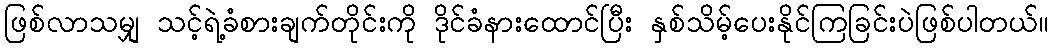
ဖြစ်လာသမျှ သင့်ရဲ့ခံစားချက်တိုင်းကို ဒိုင်ခံနားထောင်ပြီး နှစ်သိမ့်ပေးနိုင်ကြခြင်းပဲဖြစ်ပါတယ်။